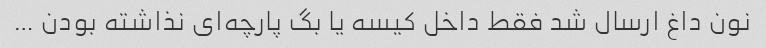
نون داغ ارسال شد فقط داخل کیسه یا بگ پارچه‌ای نذاشته بودن …